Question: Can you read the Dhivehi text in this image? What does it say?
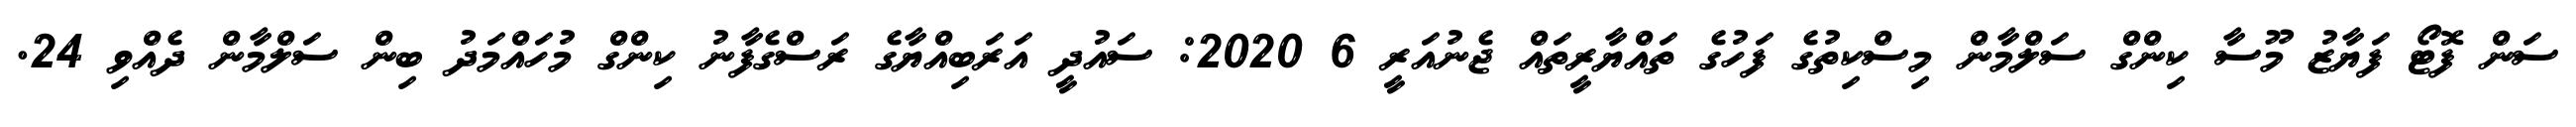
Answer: ސަން ފޮޓޯ ފަޔާޒު މޫސާ ކިންގް ސަލްމާން މިސްކިތުގެ ފަހުގެ ތައްޔާރީތައް ޖެނުއަރީ 6 2020: ސައުދީ އަރަބިއްޔާގެ ރަސްގެފާނު ކިންގް މުހައްމަދު ބިން ސަލްމާން ދެއްވި 24.